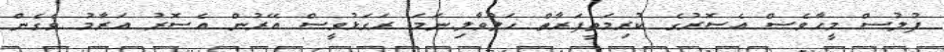
ފުލުސް މީހާވެސް އެސޮރުގެ ކުރިމަތީފަރާތް ހަލުވާލި.ނަމަ ރަގަޅުވީސް އޭރުން އެސޮރު އަރާމު ވެގެން